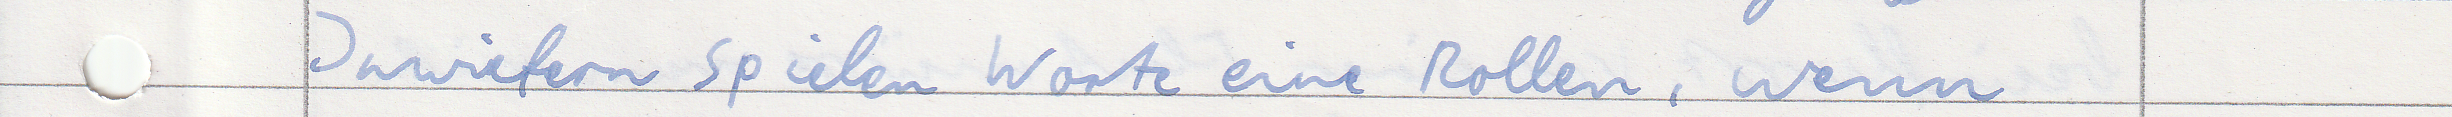
Inwiefern spielen Worte eine Rolle, wenn